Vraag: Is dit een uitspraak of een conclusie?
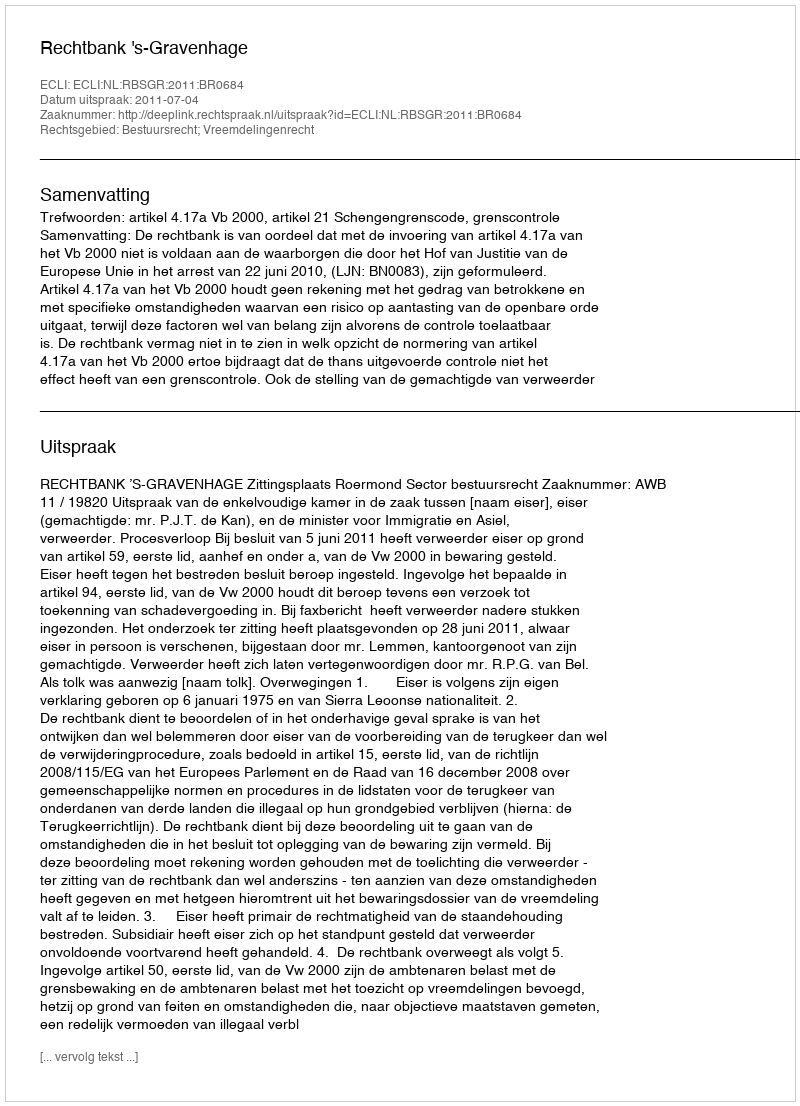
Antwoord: Uitspraak